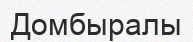
Домбыралы